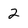
Character: 2